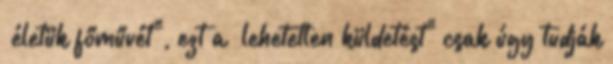
„életük főművét", ezt a „lehetetlen küldetést" csak úgy tudják